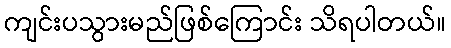
ကျင်းပသွားမည်ဖြစ်ကြောင်း သိရပါတယ်။